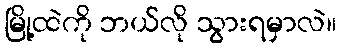
မြို့ထဲကို ဘယ်လို သွားရမှာလဲ။